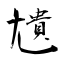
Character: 尵